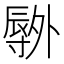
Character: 𫯕